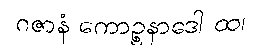
ဂဇာနံ ကောဉ္စနာဒေါ ထ၊